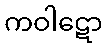
ကဝါဋော